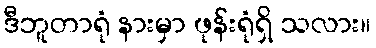
ဒီဘူတာရုံ နားမှာ ဖုန်းရုံရှိ သလား။